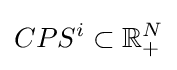
CPS^{i}\subset \mathbb {R} _{+}^{N}